Vaccination United Provinces of Agra and Oudh 1902-1913 - 1902-1913
Year: 1902
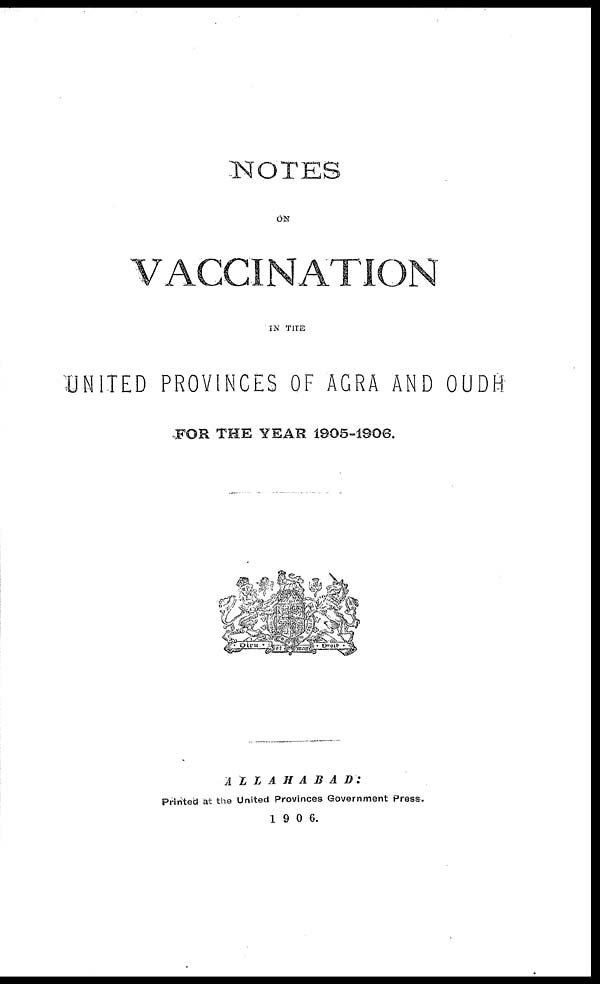
NOTES
ON
VACCINATION
IN THE
UNITED PROVINCES OF AGRA AND OUDH
FOR THE YEAR 1905-1906.
ALLAHABAD:
Printed at the United Provinces Government Press.
1906.